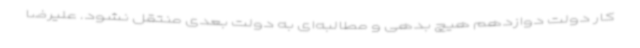
کار دولت دوازدهم هیچ بدهی و مطالبه‌ای به دولت بعدی منتقل نشود. علیرضا